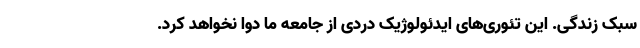
سبک زندگی. این تئوری‌های ایدئولوژیک دردی از جامعه ما دوا نخواهد کرد.